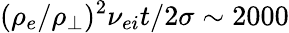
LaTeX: (\rho_{e}/\rho_{\perp})^{2}\nu_{ei}t/2\sigma\sim 2000